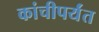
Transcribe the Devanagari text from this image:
कांचीपर्यंत